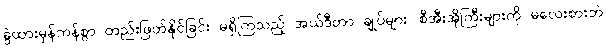
ခွဲထားမှန်ကန်စွာ တည်းဖြတ်နိုင်ခြင်း မရှိကြသည့် အယ်ဒီတာ ချုပ်များ၊ စီအီးအိုကြီးများကို မလေးစားဘဲ